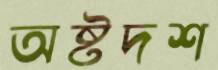
অষ্টদশ